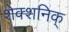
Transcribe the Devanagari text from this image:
शेक्शनिक्